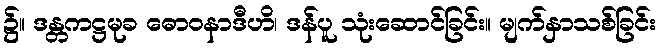
၌။ ဒန္တကဋ္ဌမုခ ဓောဝနာဒီဟိ၊ ဒန်ပူ သုံးဆောင်ခြင်း။ မျက်နှာသစ်ခြင်း